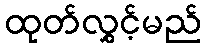
ထုတ်လွှင့်မည်